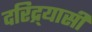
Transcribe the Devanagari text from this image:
दरिद्र्यासी